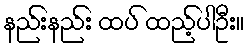
နည်းနည်း ထပ် ထည့်ပါဦး။